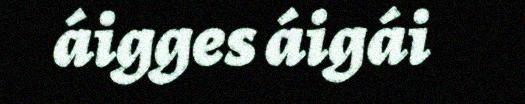
áigges áigái